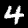
Digit: 4